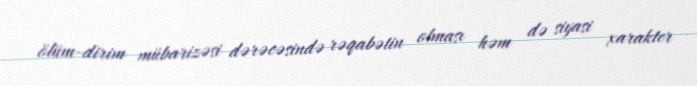
ölüm-dirim mübarizəsi dərəcəsində rəqabətin olması həm də siyasi xarakter